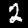
Label: 2